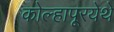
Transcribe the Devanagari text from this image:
कोल्हापूरयेथे